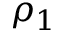
\rho _ { 1 }